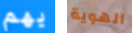
يهم الهوية